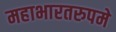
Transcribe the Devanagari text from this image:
महाभारतरुपमे